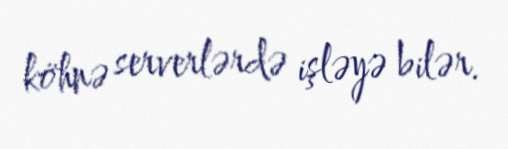
köhnə serverlərdə işləyə bilər.